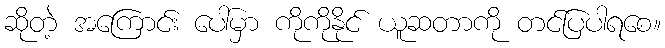
ဆိုတဲ့ အကြောင်း ပေါ်မှာ ကိုကိုနိုင် ယူဆတာကို တင်ပြပါရစေ။